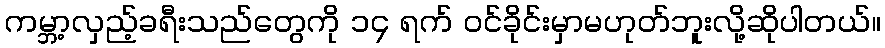
ကမ္ဘာ့လှည့်ခရီးသည်တွေကို ၁၄ ရက် ဝင်ခိုင်းမှာမဟုတ်ဘူးလို့ဆိုပါတယ်။